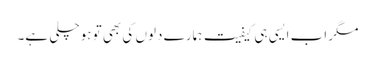
مگر اب ایسی ہی کیفیت ہمارے دلوں کی بھی تو ہوچلی ہے۔